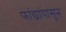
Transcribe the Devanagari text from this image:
फांद्यांपासून